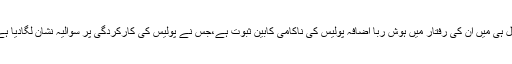
حال ہی میں ان کی رفتار میں ہوش ربا اضافہ پولیس کی ناکامی کابین ثبوت ہے،جس نے پولیس کی کارکردگی پر سوالیہ نشان لگادیا ہے ۔